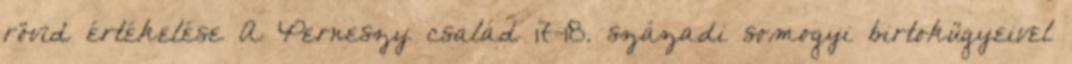
rövid értékelése A Perneszy család 17-18. századi somogyi birtokügyeivel